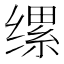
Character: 缧